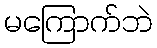
မကြောက်ဘဲ